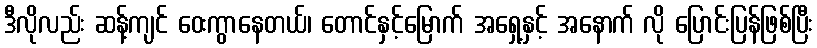
ဒီလိုလည်း ဆန့်ကျင် ဝေးကွာနေတယ်၊ တောင်နှင့်မြောက် အရှေ့နှင့် အနောက် လို ပြောင်းပြန်ဖြစ်ပြီး